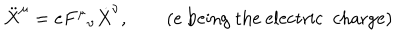
LaTeX: \ddot { X } ^ { \mu } = e { F ^ { \mu } } _ { \nu } \dot { X } ^ { \nu } , \qquad ( e \textrm { b e i n g t h e e l e c t r i c c h a r g e } )